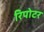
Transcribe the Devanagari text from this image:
रिपोटर